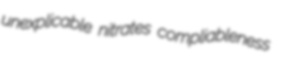
unexplicable nitrates compliableness